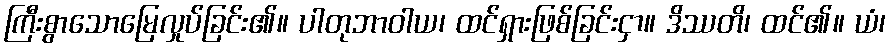
ကြီးစွာသောမြေလှုပ်ခြင်း၏။ ပါတုဘာဝါယ၊ ထင်ရှားဖြစ်ခြင်းငှာ။ ဒိဿတိ၊ ထင်၏။ ယံ၊